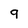
Character: 9